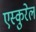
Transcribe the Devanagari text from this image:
एस्कुरेल